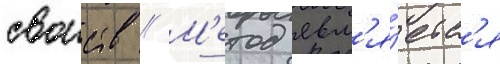
своиств // М'етод явл'я́етс'я